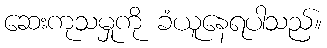
ဆေးကုသမှုကို ခံယူနေရပါသည်။